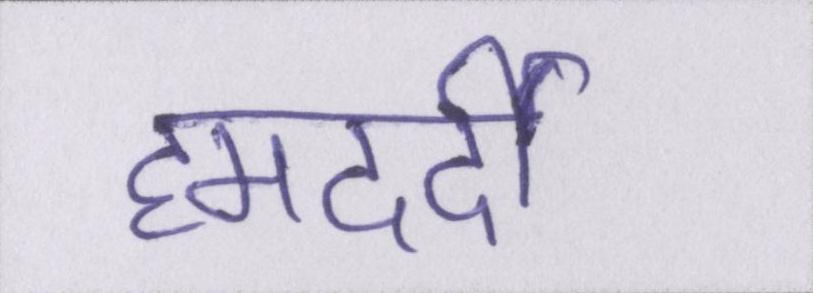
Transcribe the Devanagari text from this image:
हमदर्दी